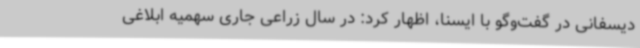
دیسفانی در گفت‌وگو با ایسنا، اظهار کرد: در سال زراعی جاری سهمیه ابلاغی